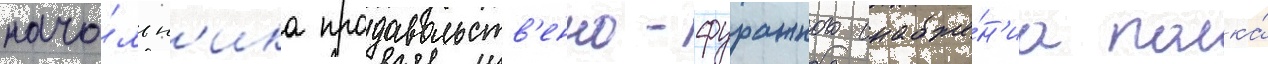
нача́льн'ика продовольств'енно-фуражного снабже́н'иа полка́